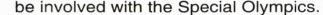
be involved with the Special Olympics.